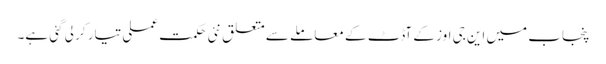
پنجاب میں این جی اوز کے آڈٹ کے معاملے سے متعلق نئی حکمت عملی تیار کر لی گئی ہے۔